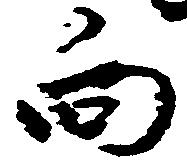
向